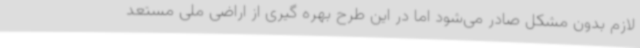
لازم بدون مشکل صادر می‌شود اما در این طرح بهره گیری از اراضی ملی مستعد